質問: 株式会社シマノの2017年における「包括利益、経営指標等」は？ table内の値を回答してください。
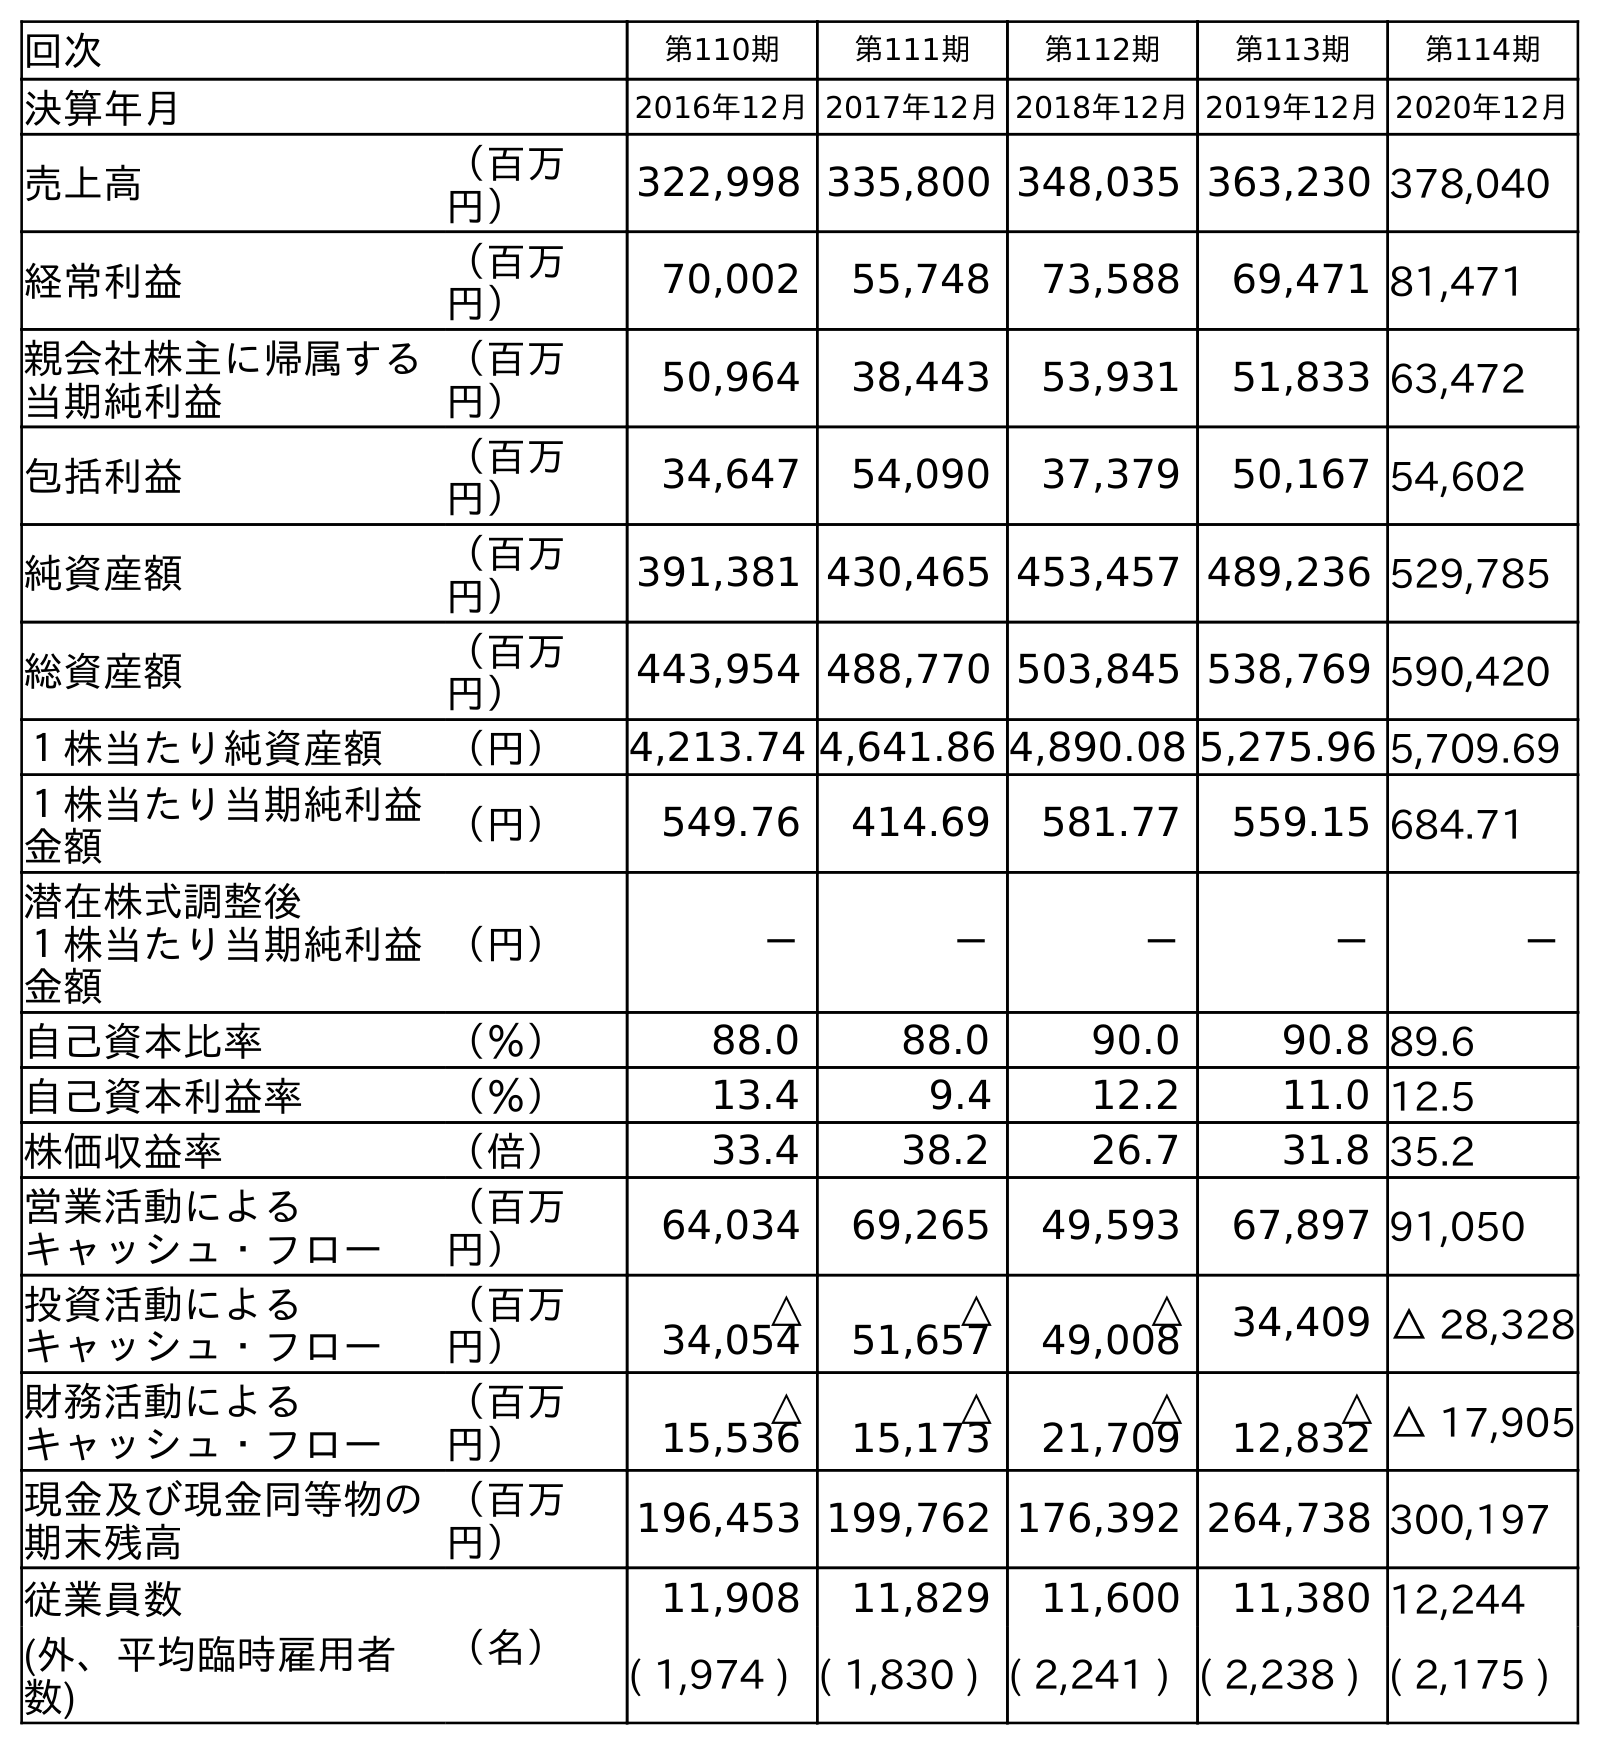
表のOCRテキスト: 回次 第110期 第111期 第112期 第113期 第114期 決算年月 2016年12月2017年12月2018年12月2019年12月2020年12月 売上高 （百万 円） 322,998 335,800 348,035 363,230 378,040 経常利益 （百万 円） 70,002 55,748 73,588 69,471 81,471 親会社株主に帰属する 当期純利益 （百万 円） 50,964 38,443 53,931 51,833 63,472 包括利益 （百万 円） 34,647 54,090 37,379 50,167 54,602 純資産額 （百万 円） 391,381 430,465 453,457 489,236 529,785 総資産額 （百万 円） 443,954 488,770 503,845 538,769 590,420 １株当たり純資産額 （円） 4,213.74 4,641.86 4,890.08 5,275.96 5,709.69 １株当たり当期純利益 金額 （円） 549.76 414.69 581.77 559.15 684.71 潜在株式調整後 １株当たり当期純利益 金額 （円） － － － － － 自己資本比率 （％） 88.0 88.0 90.0 90.8 89.6 自己資本利益率 （％） 13.4 9.4 12.2 11.0 12.5 株価収益率 （倍） 33.4 38.2 26.7 31.8 35.2 営業活動による キャッシュ・フロー （百万 円） 64,034 69,265 49,593 67,897 91,050 投資活動による キャッシュ・フロー （百万 円） △ 34,054 △ 51,657 △ 49,008 34,409 △ 28,328 財務活動による キャッシュ・フロー （百万 円） △ 15,536 △ 15,173 △ 21,709 △ 12,832 △ 17,905 現金及び現金同等物の 期末残高 （百万 円） 196,453 199,762 176,392 264,738 300,197 従業員数 （名） 11,908 11,829 11,600 11,380 12,244 (外、平均臨時雇用者 数) ( 1,974 ) ( 1,830 ) ( 2,241 ) ( 2,238 ) ( 2,175 )
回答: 54,090